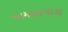
જામલાપાડા